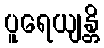
ပူရေယျန္တိ